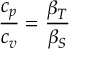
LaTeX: { \frac { c _ { p } } { c _ { v } } } = { \frac { \beta _ { T } } { \beta _ { S } } }